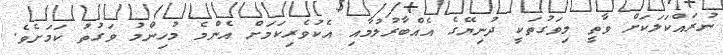
ނުރައްކަލަކަށް ވާތީ މިވަގުތަކީ ދުނިޔޭގެ އެއްބާރުލުމާއި އެކުވެރިކަމަށް އެންމެ މުހިންމު ވަގުތު ކަމަށެވެ.